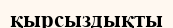
қырсыздықты